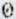
0